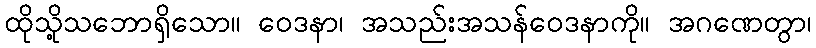
ထိုသို့သဘောရှိသော။ ဝေဒနာ၊ အသည်းအသန်ဝေဒနာကို။ အဂဏေတွာ၊